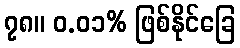
၇၈။ ၀.၀၁% ဖြစ်နိုင်ခြေ